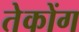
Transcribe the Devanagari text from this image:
तेकोंग